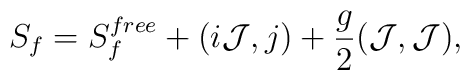
S_f=S^{free}_f  +(i{\cal J},j)+{g\over 2}({\cal J},{\cal J}),